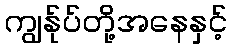
ကျွန်ုပ်တို့အနေနှင့်